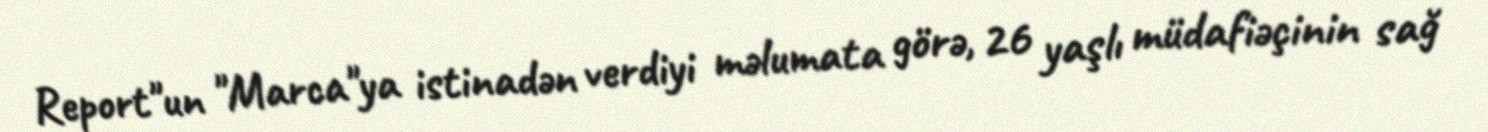
Report"un "Marca"ya istinadən verdiyi məlumata görə, 26 yaşlı müdafiəçinin sağ